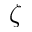
\zeta